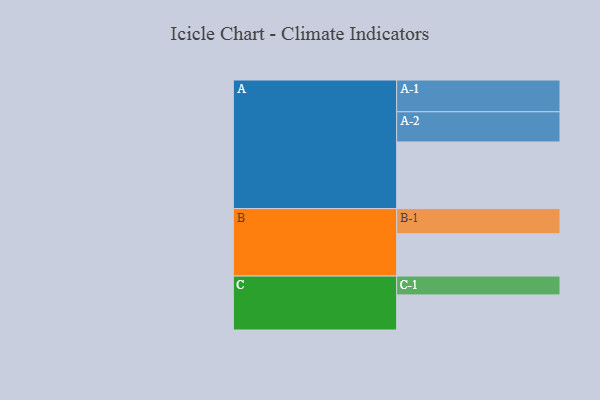
{"axis": {"x": "Segment", "y": "Value"}, "legend": ["", "A", "B", "C"], "data": [{"x": "A", "y": 581, "type": ""}, {"x": "B", "y": 369, "type": ""}, {"x": "C", "y": 306, "type": ""}, {"x": "A-1", "y": 277, "type": "A"}, {"x": "A-2", "y": 263, "type": "A"}, {"x": "B-1", "y": 219, "type": "B"}, {"x": "C-1", "y": 164, "type": "C"}]}